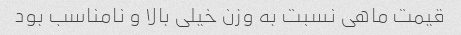
قیمت ماهی نسبت به وزن خیلی بالا و نامناسب بود